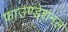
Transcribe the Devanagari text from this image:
फाउण्डेशनल